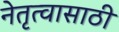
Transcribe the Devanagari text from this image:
नेतृत्वासाठी